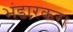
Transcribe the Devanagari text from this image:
भंडारकर।